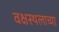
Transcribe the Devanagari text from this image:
वक्षस्थलाच्या